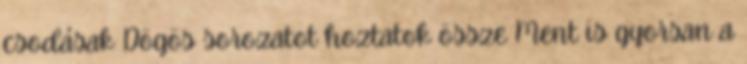
csodásak Dögös sorozatot hoztatok össze Ment is gyorsan a